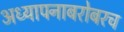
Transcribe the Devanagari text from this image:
अध्‍यापनाबरोबरच